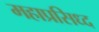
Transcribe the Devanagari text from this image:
महाप्रसिध्द